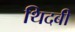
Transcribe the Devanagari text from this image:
थिदबी